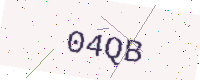
Text: 04QB